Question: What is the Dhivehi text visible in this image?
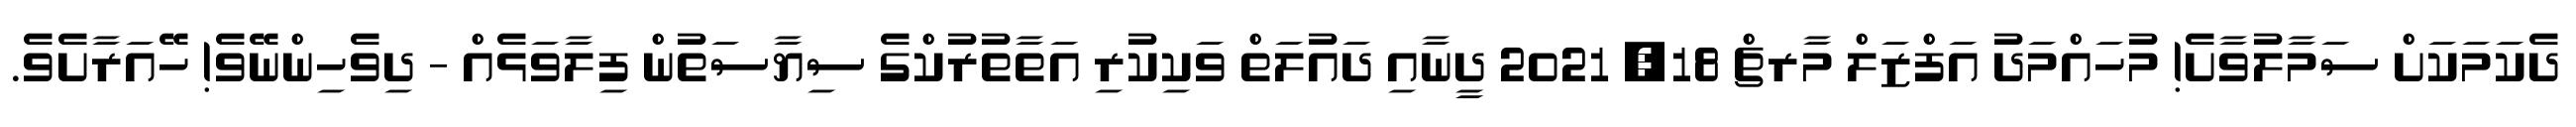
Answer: ދެކަމަކަށް ސަމާލުވާށެ! މުހައްމަދު އަފްޒަލް މާރޗް 18, 2021 ދީނާއި ދައުލަތް ވަކިކުރި އަތާތުރުކްގެ ސިޔާސަތުން ފިލާވަޅެއް - ދިވެހިންނޭވެ! ހޭއަރާށެވެ.